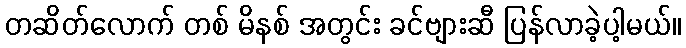
တဆိတ်လောက် တစ် မိနစ် အတွင်း ခင်ဗျားဆီ ပြန်လာခဲ့ပါ့မယ်။